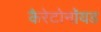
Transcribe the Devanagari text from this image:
कैरेटोनॉयड